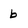
Character: b